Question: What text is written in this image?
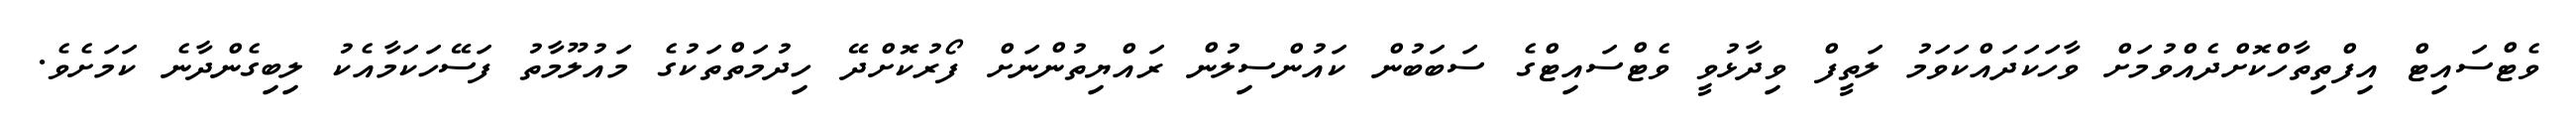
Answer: ވެޓްސައިޓް އިފްތިތާހްކޮށްދެއްވުމަށް ވާހަކަދައްކަވަމު ލަތީފް ވިދާޅުވީ ވެޓްސައިޓްގެ ސަބަބުން ކައުންސިލުން ރައްޔިތުންނަށް ފޯރުކޮށްދޭ ހިދުމަތްތަކުގެ މައުލޫމާތު ފަސޭހަކަމާއެކު ލިބިގެންދާނެ ކަމަށެވެ.